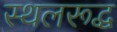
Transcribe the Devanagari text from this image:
स्थलरूद्ध